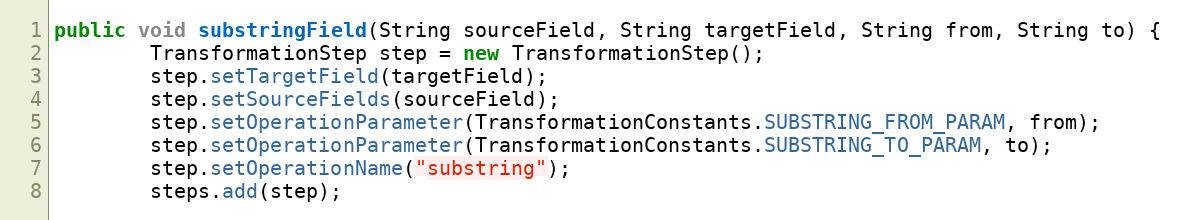
Language: Java
public void substringField(String sourceField, String targetField, String from, String to) {
        TransformationStep step = new TransformationStep();
        step.setTargetField(targetField);
        step.setSourceFields(sourceField);
        step.setOperationParameter(TransformationConstants.SUBSTRING_FROM_PARAM, from);
        step.setOperationParameter(TransformationConstants.SUBSTRING_TO_PARAM, to);
        step.setOperationName("substring");
        steps.add(step);